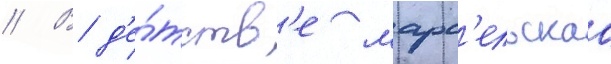
// В д'е́тств'е марс'ельскаа